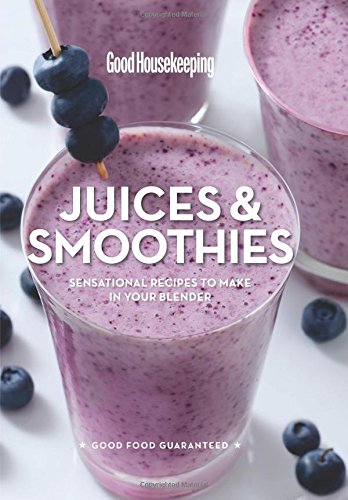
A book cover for Good Housekeeping Juices & Smoothies: Sensational Recipes to Make in Your Blender; Cookbooks, Food & Wine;